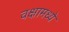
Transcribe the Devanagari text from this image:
वक्षामध्ये